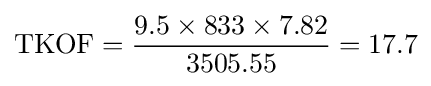
\mathrm {TKOF} ={\frac {9.5\times 833\times 7.82}{3505.55}}=\mathrm {17.7}